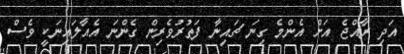
އަދި ރާއްޖެ އަށް އެންމެ ގިނަ ޗައިނާ ފަތުރުވެރިން ގެންނަ އެއާލައިނަކީ ވެސް